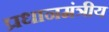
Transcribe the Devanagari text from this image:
प्रधानमंत्रीय